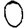
Digit: 0